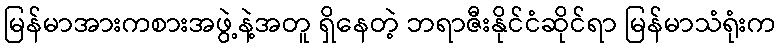
မြန်မာအားကစားအဖွဲ့နဲ့အတူ ရှိနေတဲ့ ဘရာဇီးနိုင်ငံဆိုင်ရာ မြန်မာသံရုံးက